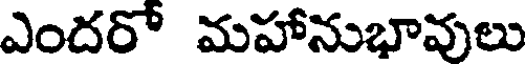
ఎందరో మహానుభావులు